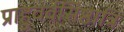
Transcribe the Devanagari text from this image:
प्राहुवर्वसिष्ठात्रि